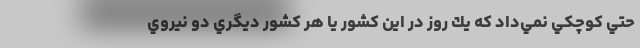
حتي كوچكي نمي‌داد كه يك روز در اين كشور يا هر كشور ديگري دو نيروي